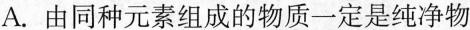
A.由同种元素组成的物质一定是纯净物